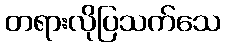
တရားလိုပြသက်သေ